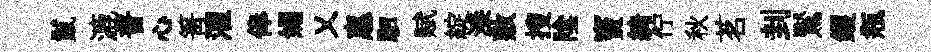
鬣漉普心箐濯俸媚乂惠駟赋綻漆敷搜隂竇綺佇秋茗刲鸑钁瓶